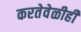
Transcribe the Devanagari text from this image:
करतेवेळीही